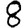
Digit: 8